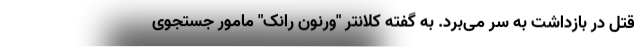
قتل در بازداشت به سر می‌برد. به گفته کلانتر "ورنون رانک" مامور جستجوی